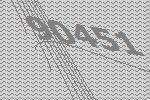
90451